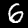
Label: 6